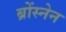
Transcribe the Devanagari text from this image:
ब्रोंस्नेन